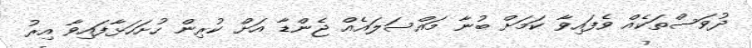
ދުވަސްތަކެއް ވެފައިވާ ކަމަށް ބުނާ މައްސަލައެއް ޖެންޑާ އަށް ކުރިން ހުށަހަޅާފައިވާ އިރު